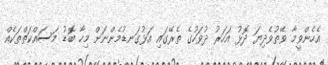
އެހެންވީމާ ވޭތުވެދިޔަ ދޮޅު އަހަރު ދުވަހުގެ ތެރޭގައި އަޅުގަނޑުމެންނަށް މިހާ ބޮޑު މަސައްކަތްތަކެއް